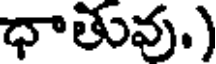
ధాతువు.)